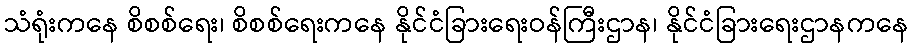
သံရုံးကနေ စိစစ်ရေး၊ စိစစ်ရေးကနေ နိုင်ငံခြားရေးဝန်ကြီးဌာန၊ နိုင်ငံခြားရေးဌာနကနေ